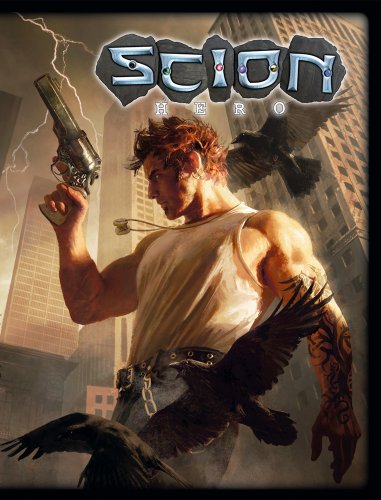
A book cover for Scion 1 Hero; John Chambers; Science Fiction & Fantasy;